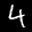
Label: 4